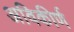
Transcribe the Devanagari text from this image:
अविकीर्ण